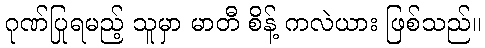
ဂုဏ်ပြုရမည့် သူမှာ မာတီ စိန့် ကလဲယား ဖြစ်သည်။